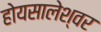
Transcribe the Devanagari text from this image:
होयसालेश्वर